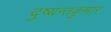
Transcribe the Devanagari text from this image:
दुष्यन्तकुमार